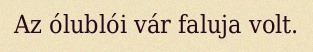
Az ólublói vár faluja volt.